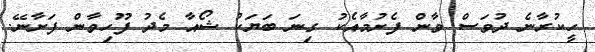
ހީކުރާނެ ދުވަސް ވާން ފެށުމާއެކު ގިނަ ބަޔަކު ޝޯއާ މެދު ފޫހިވާން ފަށާނޭ.